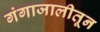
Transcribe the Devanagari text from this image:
गंगाजालीतून